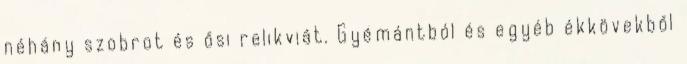
néhány szobrot és ősi relikviát. Gyémántból és egyéb ékkövekből